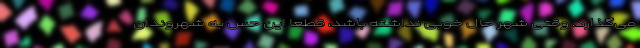
می‌گذارد. وقتی شهر حال خوبی نداشته باشد، قطعاً این حس به شهروندان